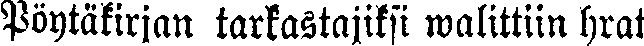
Pöytäkirjan tarkastajiksi walittiin hrat